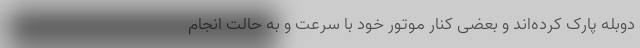
دوبله پارک کرده‌اند و بعضی کنار موتور خود با سرعت و به حالت انجام